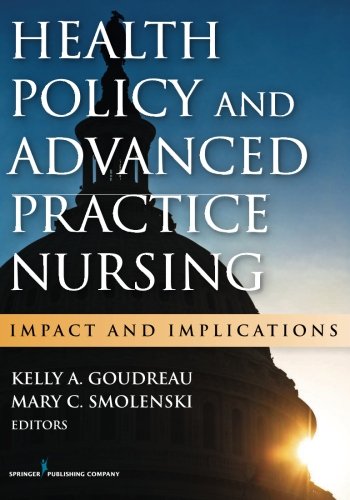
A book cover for Health Policy and Advanced Practice Nursing: Impact and Implications; Medical Books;